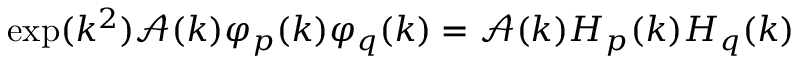
\exp ( k ^ { 2 } ) \mathcal { A } ( k ) \varphi _ { p } ( k ) \varphi _ { q } ( k ) = \mathcal { A } ( k ) H _ { p } ( k ) H _ { q } ( k )